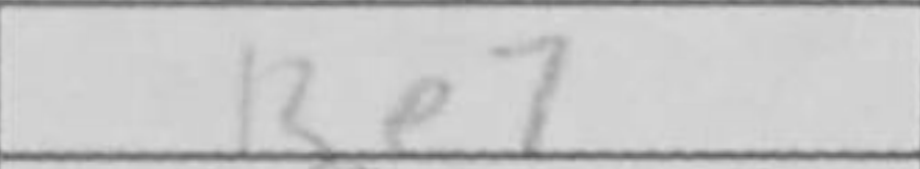
Transcription: Re7